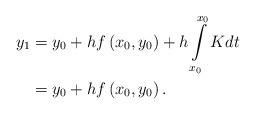
LaTeX: \begin{align*}y_{1}& =y_{0}+hf\left( x_{0},y_{0}\right) +h\int\limits_{x_{0}}^{x_{0}}Kdt \\& =y_{0}+hf\left( x_{0},y_{0}\right) .\end{align*}